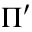
\Pi ^ { \prime }